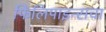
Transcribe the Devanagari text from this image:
फिलिपाइन्सचा